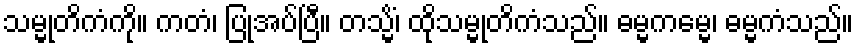
သမ္မုတိကံကို။ ကတံ၊ ပြုအပ်ပြီ။ တသ္မိံ၊ ထိုသမ္မုတိကံသည်။ ဓမ္မကမ္မေ၊ ဓမ္မကံသည်။